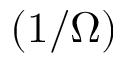
( 1 / \Omega )